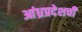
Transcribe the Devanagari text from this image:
आंध्रप्रदेशची